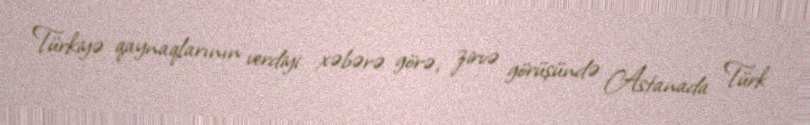
Türkiyə qaynaqlarının verdiyi xəbərə görə, zirvə görüşündə Astanada Türk